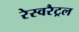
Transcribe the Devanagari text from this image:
रेस्वरैट्रल